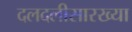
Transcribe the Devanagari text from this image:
दलदलीसारख्या